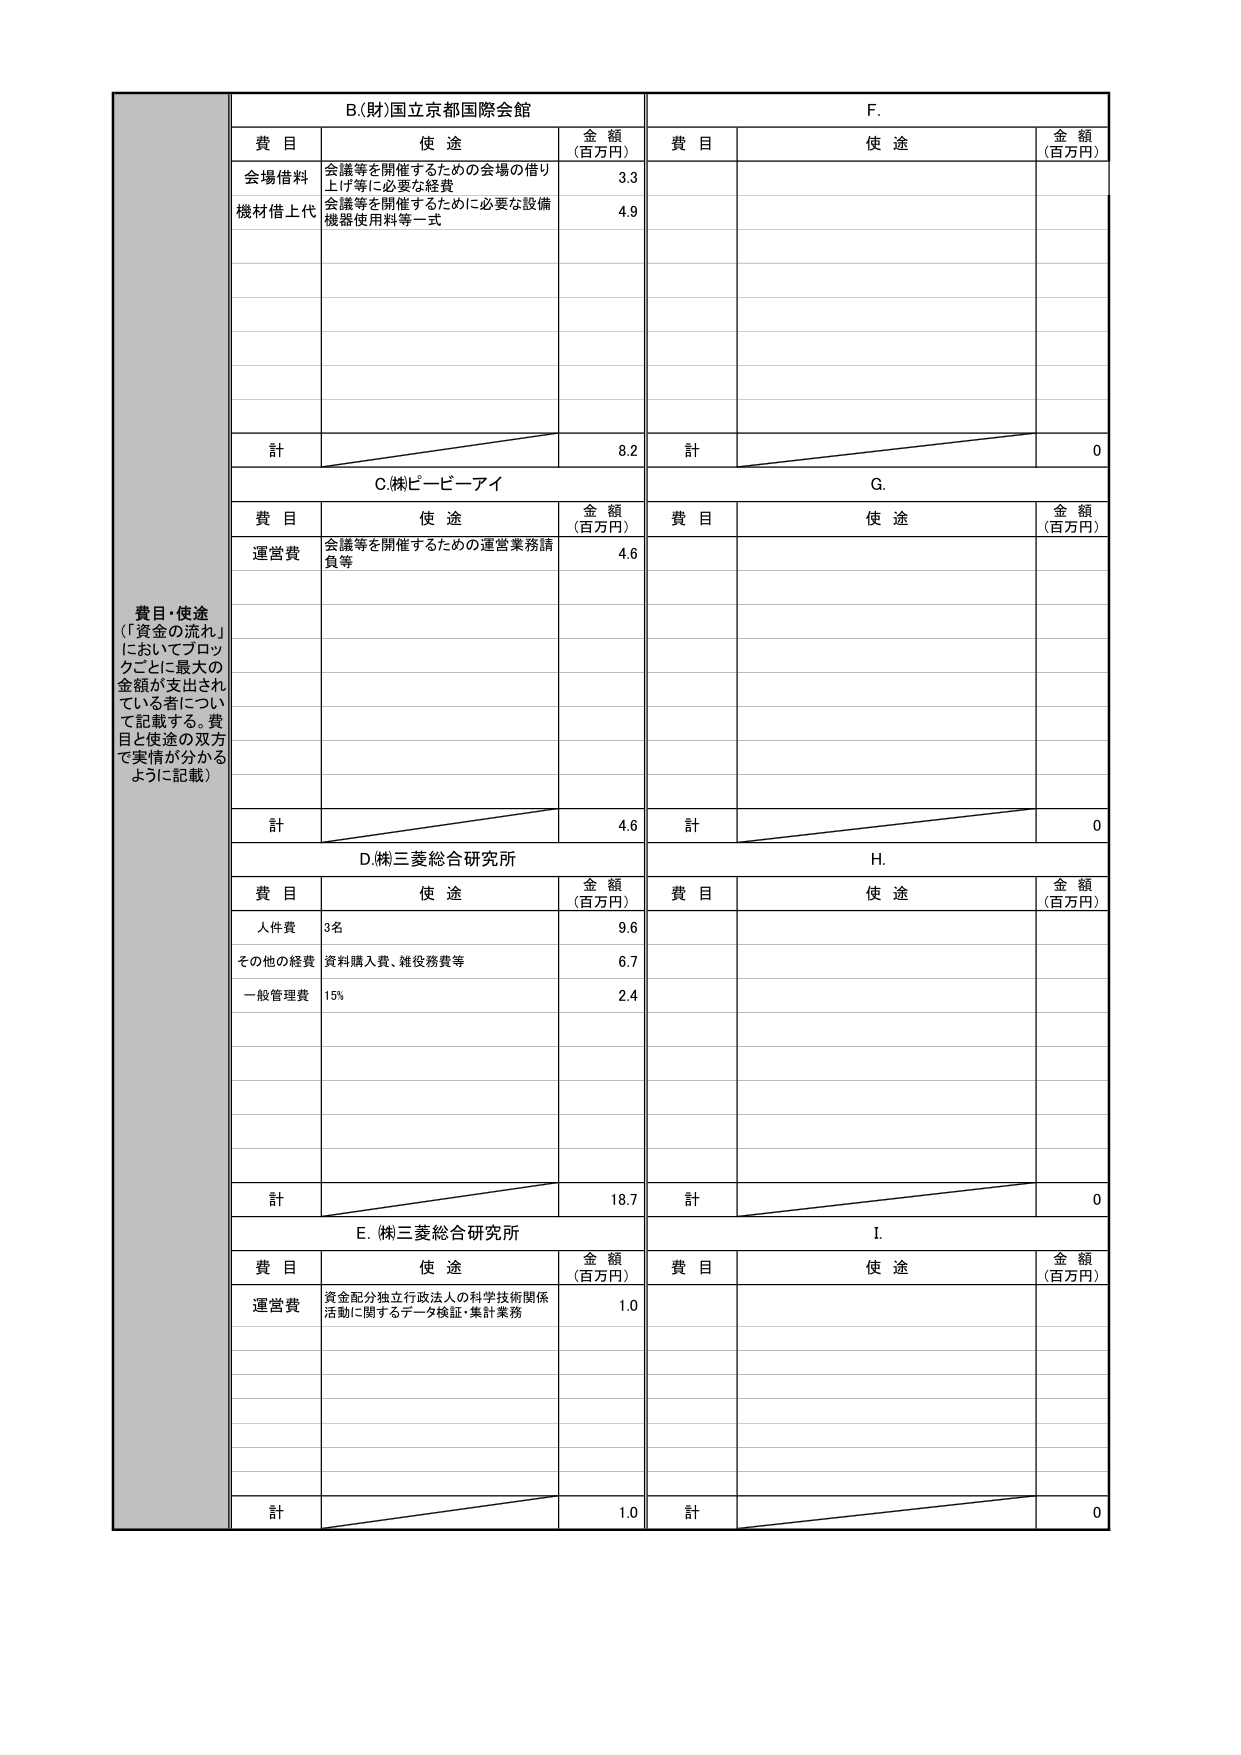
費目・使途
（「資金の流れ」
においてブロッ
クごとに最大の
金額が支出され
ている者につい
て記載する。費
目と使途の双方
で実情が分かる
ように記載）

B.(財)国立京都国際会館
費目 使途 金額（百万円）
会場借料 会議等を開催するための会場の借り上げ等に必要な経費 3.3
機材借上代 会議等を開催するために必要な設備機器使用料等一式 4.9
計 8.2

C.(株)ピービーアイ
費目 使途 金額（百万円）
運営費 会議等を開催するための運営業務請負等 4.6
計 4.6

D.(株)三菱総合研究所
費目 使途 金額（百万円）
人件費 3名 9.6
その他の経費 資料購入費、雑役務費等 6.7
一般管理費 15% 2.4
計 18.7

E.(株)三菱総合研究所
費目 使途 金額（百万円）
運営費 資金配分独立行政法人の科学技術関係活動に関するデータ検証・集計業務 1.0
計 1.0

F.
費目 使途 金額（百万円）
計 0

G.
費目 使途 金額（百万円）
計 0

H.
費目 使途 金額（百万円）
計 0

I.
費目 使途 金額（百万円）
計 0